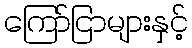
ကြော်ငြာများနှင့်